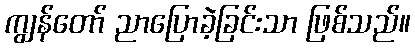
ကျွန်တော် ညာပြောခဲ့ခြင်းသာ ဖြစ်သည်။